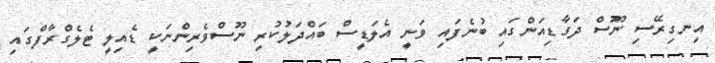
އިނގިރޭސި ނޫސް ދަގާޑިއަންގައި ބުނެފައި ވަނީ އެލަޑީސް ބައްދަލުކުރި ނޫސްވެރިންނަކީ ޑެއިލީ ޓެލެގްރާފްގައި